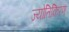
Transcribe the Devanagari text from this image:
ज्योतिकिरण